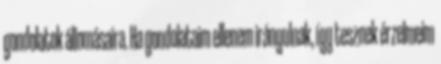
gondolatok állomásaira. Ha gondolataim ellenem irányulnak, így tesznek érzelmeim